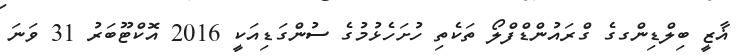
ޣާޒީ ބިލްޑިންގގެ ގްރައުންޑްފްލޯ ތަކެތި ހުށަހެޅުމުގެ ސުންގަޑިއަކީ 2016 އޮކްޓޫބަރު 31 ވަނަ